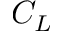
C _ { L }